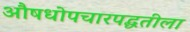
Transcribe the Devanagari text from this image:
औषधोपचारपद्धतीला